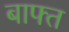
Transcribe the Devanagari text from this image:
बाफ्त